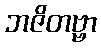
ဘဇိတဗ္ဗာ